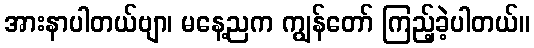
အားနာပါတယ်ဗျာ၊ မနေ့ညက ကျွန်တော် ကြည့်ခဲ့ပါတယ်။